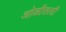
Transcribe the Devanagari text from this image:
ओळीतली